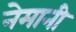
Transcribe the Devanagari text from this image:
नेमानी